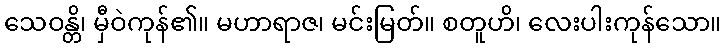
သေဝန္တိ၊ မှီဝဲကုန်၏။ မဟာရာဇ၊ မင်းမြတ်။ စတူဟိ၊ လေးပါးကုန်သော။